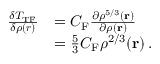
{ \begin{array} { r l } { { \frac { \delta T _ { \mathrm { T F } } } { \delta \rho ( { \boldsymbol { r } } ) } } } & { = C _ { \mathrm { F } } { \frac { \partial \rho ^ { 5 / 3 } ( \mathbf { r } ) } { \partial \rho ( \mathbf { r } ) } } } \\ & { = { \frac { 5 } { 3 } } C _ { \mathrm { F } } \rho ^ { 2 / 3 } ( \mathbf { r } ) \, . } \end{array} }